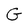
Character: G